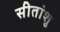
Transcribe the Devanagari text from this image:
सीतांशु